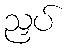
ညှပ်